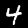
Label: 4